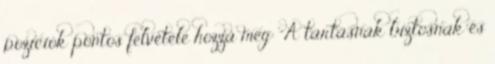
pozíciók pontos felvétele hozza meg: "A tartásnak biztosnak és